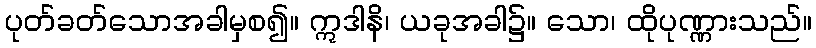
ပုတ်ခတ်သောအခါမှစ၍။ ဣဒါနိ၊ ယခုအခါ၌။ သော၊ ထိုပုဏ္ဏားသည်။